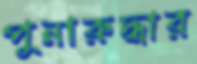
পুনারুদ্ধার